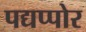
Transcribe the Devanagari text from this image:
पद्यप्पोर